Cholera in southern India
Disease focus: Cholera
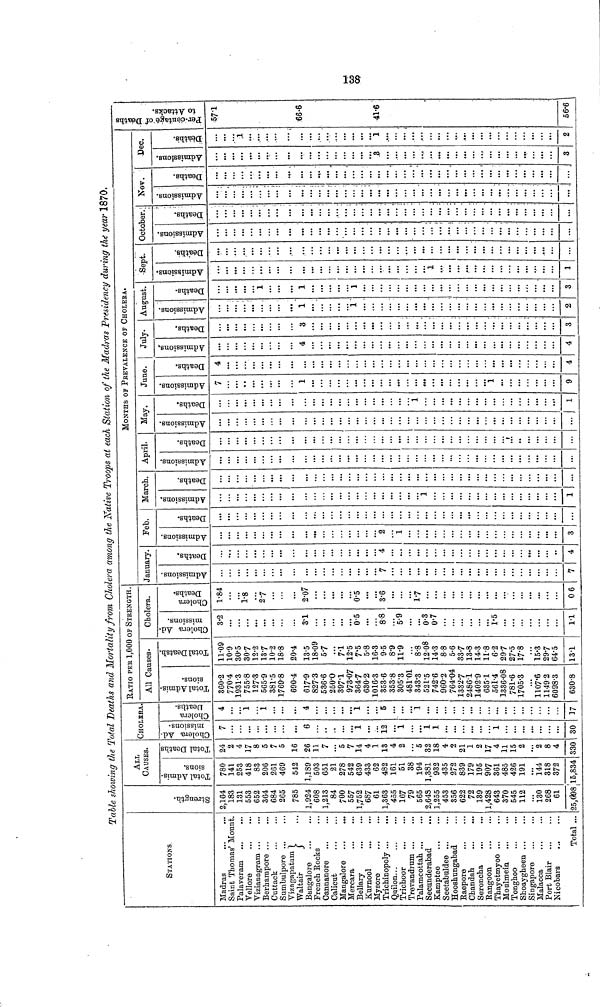
138
Table showing the Total Deaths and Mortality from Cholera among the Native Troops at each Station of the Madras Presidency during the year 1870.
STATIONS
Madras
Saint Thomas' Mount.
Palaveram
Vellore
Vizianagram ...
Berhampore ...
Cuttack
Sumbulpore ...
Vizngapatarn
Waltair
Bangalore
French Rocks
Cannanore
Calicut
Mangalore
Mercara
Bellary
Kurnool
Mysore
Trichinopoly
Quilon
Trichoor
Trevandrum ...
Palamcottah
Secunderabad
Kamptee
Seetabuldee ...
Hooshungabad
Raepore
Chandah
...
...
Seroncha
Rangoon
Thayetmyoo
Moulmein
Tonghoo
Shoaygheen
Singapore
Malacca
Port Blair
Nicobars
Total ...
Strength.
2,164
183
131
553
652
364
684
265
785
1,924
608
1,213
84
700
557
1,752
687
61
1,363
455
167
79
565
2,64S
1,255
453
356
622
72
139
1,428
643
370
545
112
130
268
61
25,098
ALL
CAUSES.
Total Admissions
780
141
253
418
83
206
261
469
542
1,189
503
651
21
278
542
639
433
62
482
161
51
38
194
1,381
932
435
272
839
179
195
907
361
485
426
191
144
318
372
15,834
Total Deaths
24
2
4
17
8
5
7
5
16
26
11
7
• ••
5
7
14
4
1
13
4
2
5
32
18
4
2
21
1
2
17
4
11
15
2
2
8
4
330
CHOLERA.
Cholera Admissions
7
...
...
...
6
...
i
...
12
...
1
...
...
1
1
• . •
• ••
1
...
...
30
Cholera Deaths
4
1
i
...
...
...
4
...
...
...
1
...
...
5
...
...
1
...
• ••
.. •
...
• ••
17
RATIO PEE 1,000 OF STRENGTH
All Causes-
Total Admissions
360.2
770.4
1931.3
755.8
127.3
565.9
381.5
1769.8
690.4
617.9
827.3
536.6
250.0
397.1
973.07
364.7
630.2
1016.3
353.6
353.8
305.3
481.01
343.3
521.5
742.6
960.2
764.04
1332.7
2486.1
1402.9
635.1
561.4
1336.08
781.6
1705.3
1107.6
1149.2
6098.3
630.8
Total Deaths
11.09
10.9
30.5
30.7
12.2
137
10.2
18.8
20.4
13.5
18.09
5.7
7.1
12.5
7.5
5.8
16.3
9.5
8.9
11.9
8.8
12.08
14.3
8.8
5.6
33.7
13.8
14.3
11.8
6.2
297
27.5
17.8
15.3
29.7
64.5
13.1
Cholera.
Cholera Admissions
3.2
...
3.1
0.5
8.8
5.9
0.3
0.7
1.5
11
Cholera Deaths
1.84
1.8
27
2.07
0.5
3.6
...
17
06
MONTHS OF PREVALENCE OF CHOLERA.
January.
Admissions.
7
...
7
Deaths.
4
...
4
Feb.
Admissions.
2
1
3
Deaths.
March.
Admissions.
1
1
Deaths.
April.
Admissions. Deaths.
May.
Admissions.
...
Deaths.
1
June.
Admissions.
7
1
1
9
Deaths.
4
...
4
July.
Admissions.
4
4
Deaths.
3
3
August.
Admissions.
1
1
2
Deaths.
1
1
1
3
Sept.
Admissions.
, 1
1
Deaths.
October.
Admissions. Deaths.
Nov.
Admissions. Deaths.
Dec.
Admissions.
.3
3
Deaths.
,1
1
2
Per-centage of Deaths to Atta
571
;
66.6
41.6
56.6